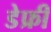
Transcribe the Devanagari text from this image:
डेफ्री